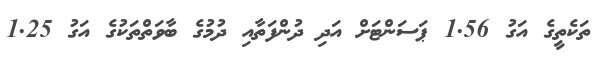
ތަކެތީގެ އަގު 1.56 ޕަސަންޓަށް އަދި ދުންފަތާއި ދުމުގެ ބާވަތްތަކުގެ އަގު 1.25